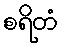
စရိတံ